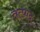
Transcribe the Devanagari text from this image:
तत्पाद